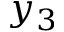
y _ { 3 }